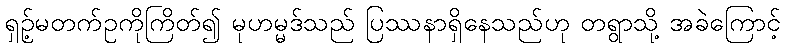
ရှဉ့်မတက်ဥကိုကြိတ်၍ မုဟမ္မဒ်သည် ပြဿနာရှိနေသည်ဟု တရွာသို့ အခဲကြောင့်